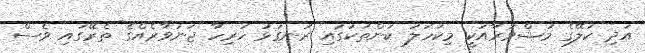
އަދި ކަލޭގެ މަޝްވަރާއަކީ މިކަހަލަ ކަންތަކުގައި ރަނގަޅު ހުރިހާ ޖަނަވާރެއްގެ ތެރޭގައި ވެސް